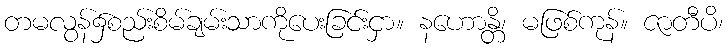
တမလွန်၌စည်းစိမ်ချမ်းသာကိုပေးခြင်းငှာ။ နဟောန္တိ၊ မဖြစ်ကုန်။ ဇာတီပိ၊